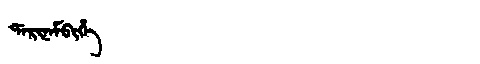
Manchu: ᡩᠠᡵᡳᠨᠠᠮᠪᡳᡥᡝ
Romanization: DARINAMBIHE